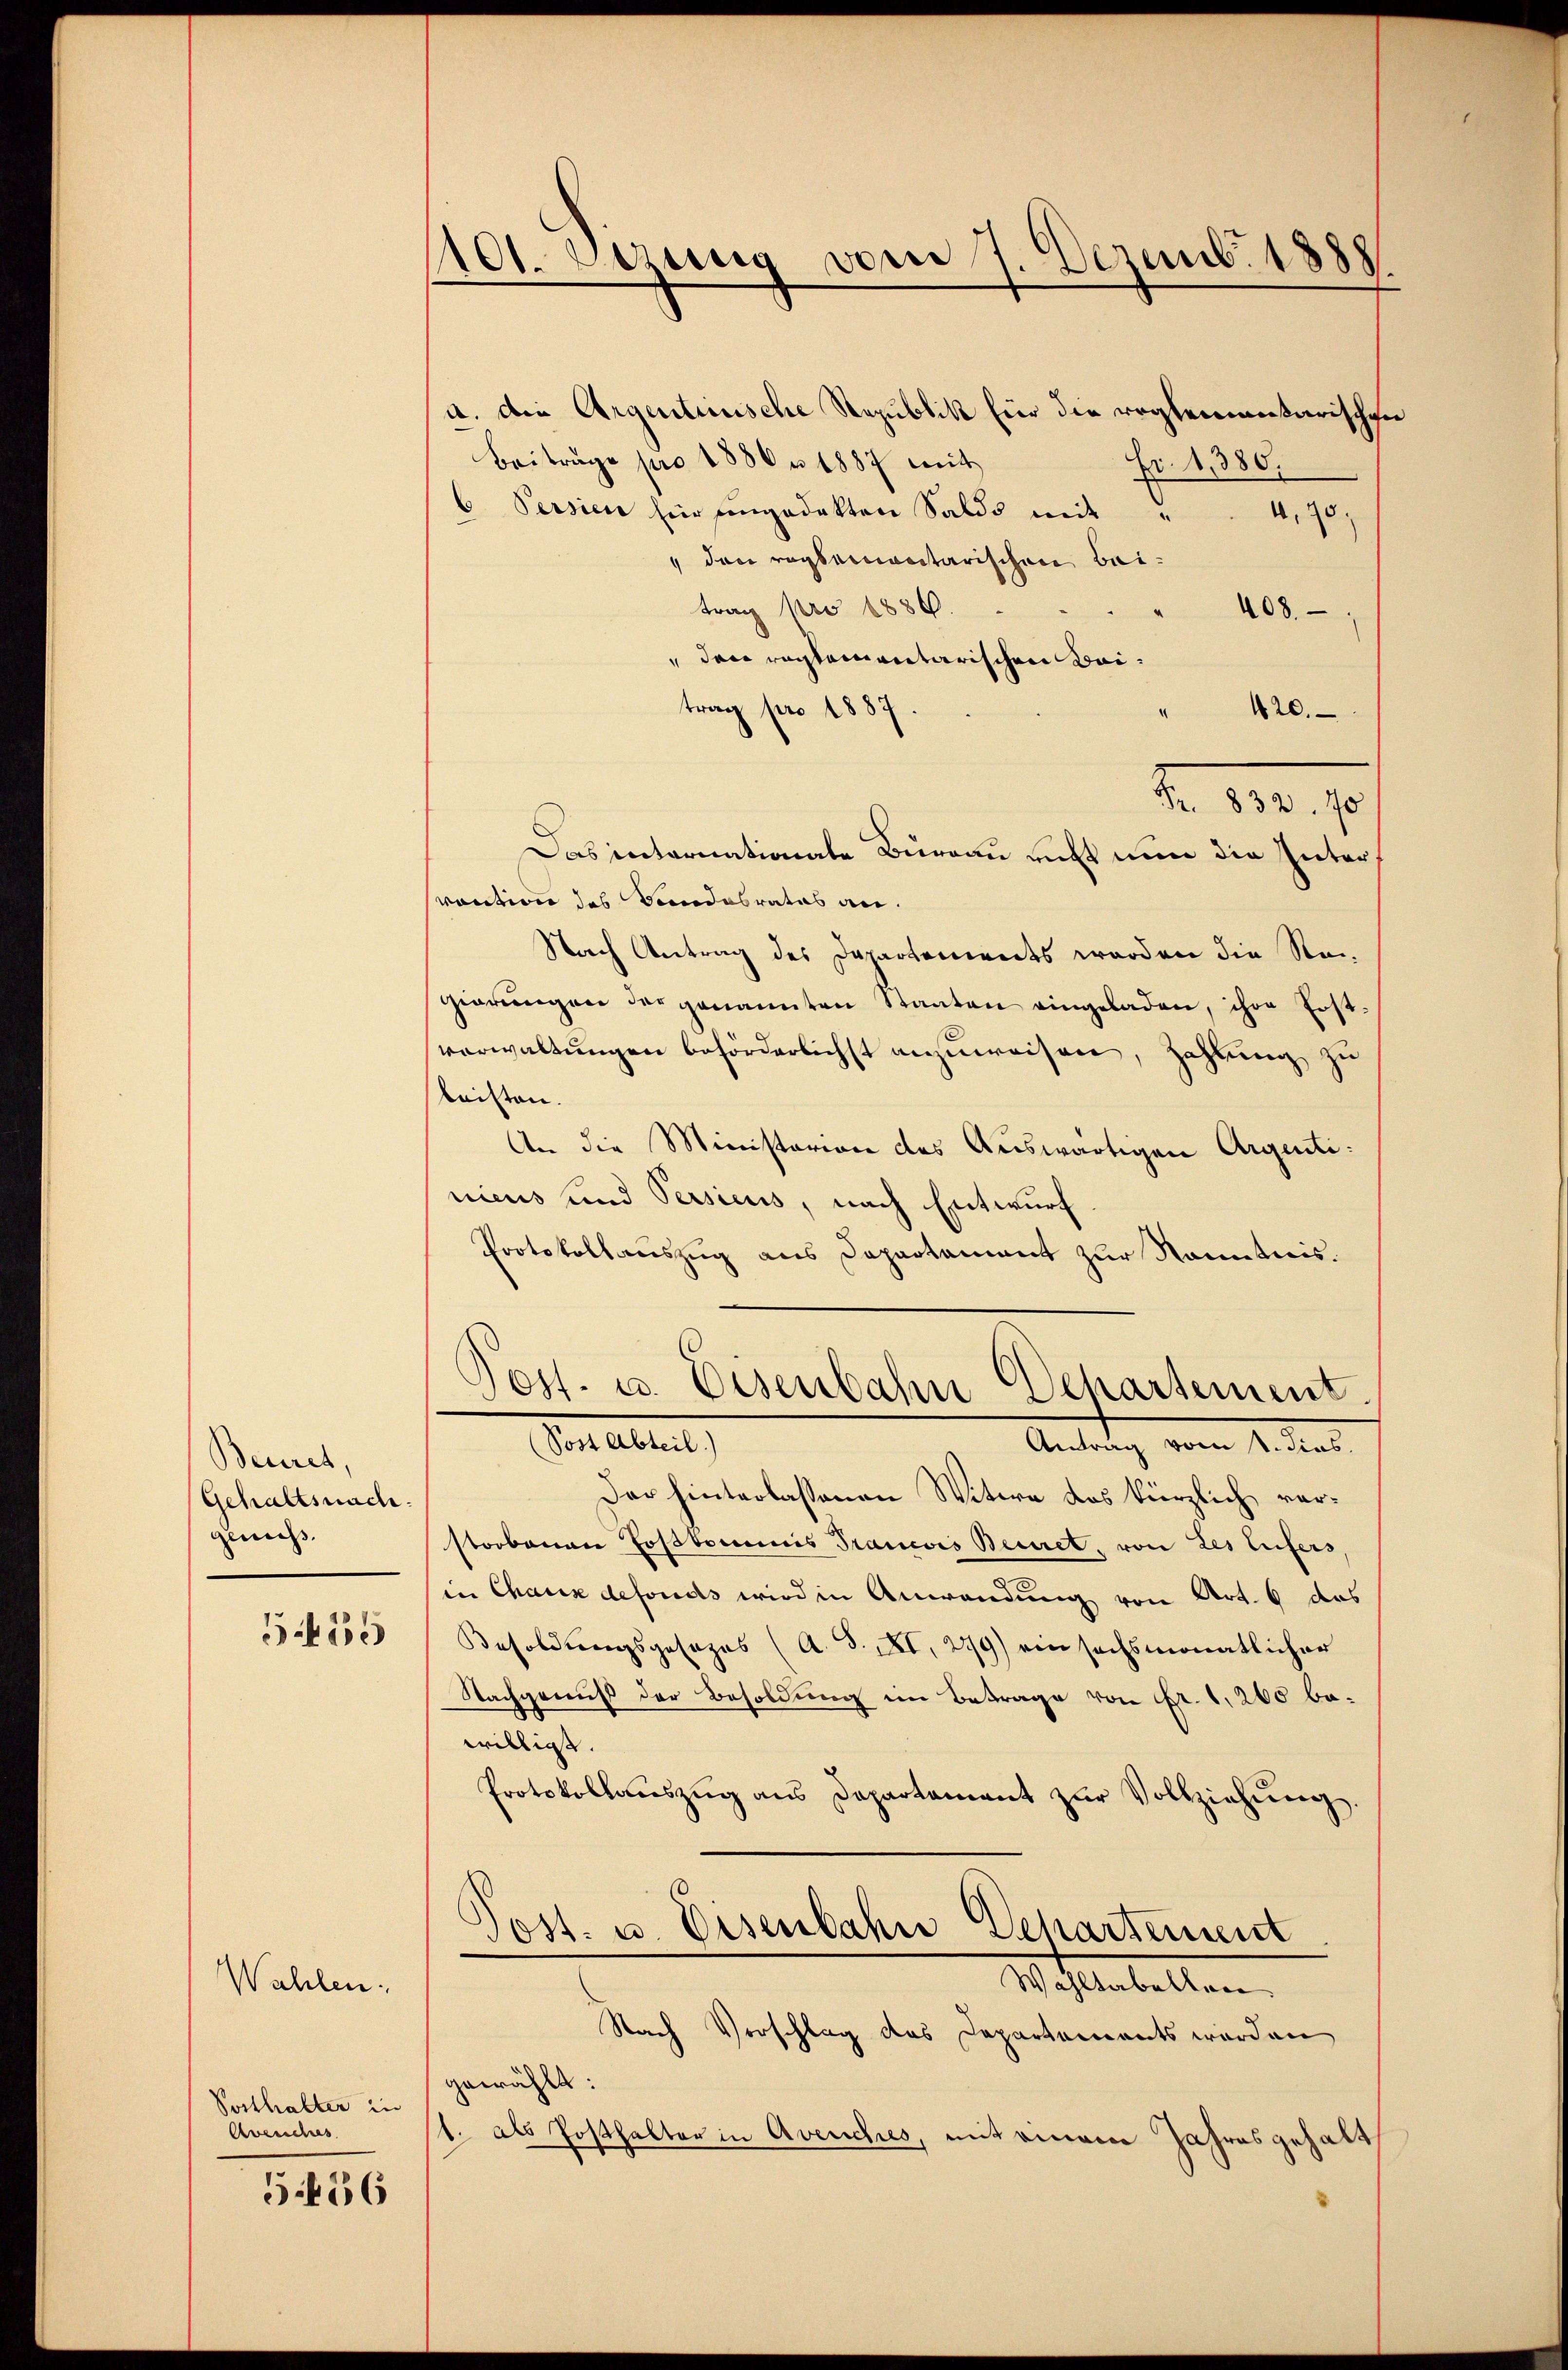
Beuiret,
Gehaltsnach.
geniess.
585

Wahlen.
Posthalter in
Avenches

556

1101. Dazung vom 7. Dezemb. 1888
e

a. die Argentunische Republik für die reglementarischen
Beiträge pro 1886 n 1887 mit
Fr. 1,380.
6 Persien hier engedekten Saldo mit " " 4,70
 den reglementarischen Beitrag pro 1886.
408.
 den reglementarischen Baitrag pro 1887.
420.
2. 10. 10
Das internationate Büreau nicht nun die Intervaution des Sandesrates an.
Nach Antrag des Departements werden die Steigierŭngen der genannten Staaten eingeladen, ihre Post-
verwaltungen beförderlichst anzuweisen, Zahlung zu
leisten.
An die Ministerion des Auswärtigen Argentinicus und Persicus, nach Entwurf
Protokollauszug aus Departament zur Kenntnis.
Post. u. Eisenbahn Departement.
Von altet,
Antrag vom 1. den
Das hinterlassenen Witwe das kürzlich verstorbenen Toskommis Trancois Beciret, von des Eifers
in Chaux defonds wird in Anwendung von Art. 6 das
Besoldungsgesezes (A. S. XI, 279) ein sechsmonatlicher
Nachgenuß der Besoldung im Betrage von Fr. 1,260 bewilligt.
Protokollaŭszŭg ans Departament zŭr Vollziehŭng.
Jost u. Eisenbahn Departement
Wihlenbellen.
Nach Verschlag des Departements werden
gewählt:
1. als Posthalter in Avenches, mit einem Jahresgehalt